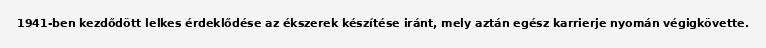
1941-ben kezdődött lelkes érdeklődése az ékszerek készítése iránt, mely aztán egész karrierje nyomán végigkövette.